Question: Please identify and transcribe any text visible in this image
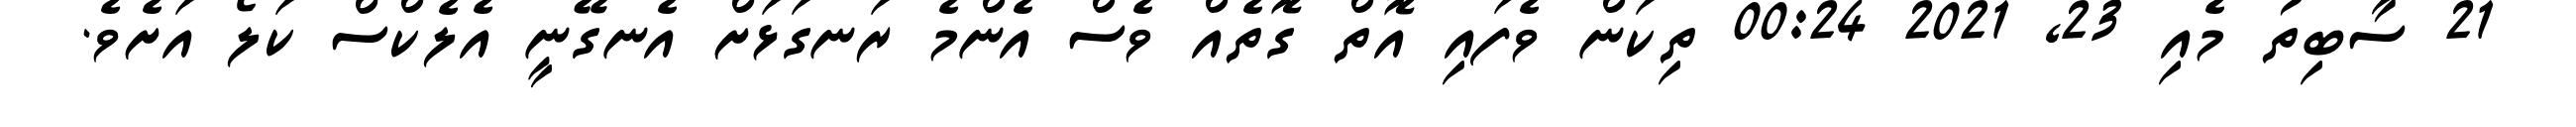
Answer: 21 ސާބިތު މެއި 23, 2021 00:24 ތިކަން ވެފައި އޮތް ގޮތެއް ވެސް އެންމެ ރަނގަޅަށް އެނގޭނީ އެލެކްސް ކަލޯ އަށެވެ.